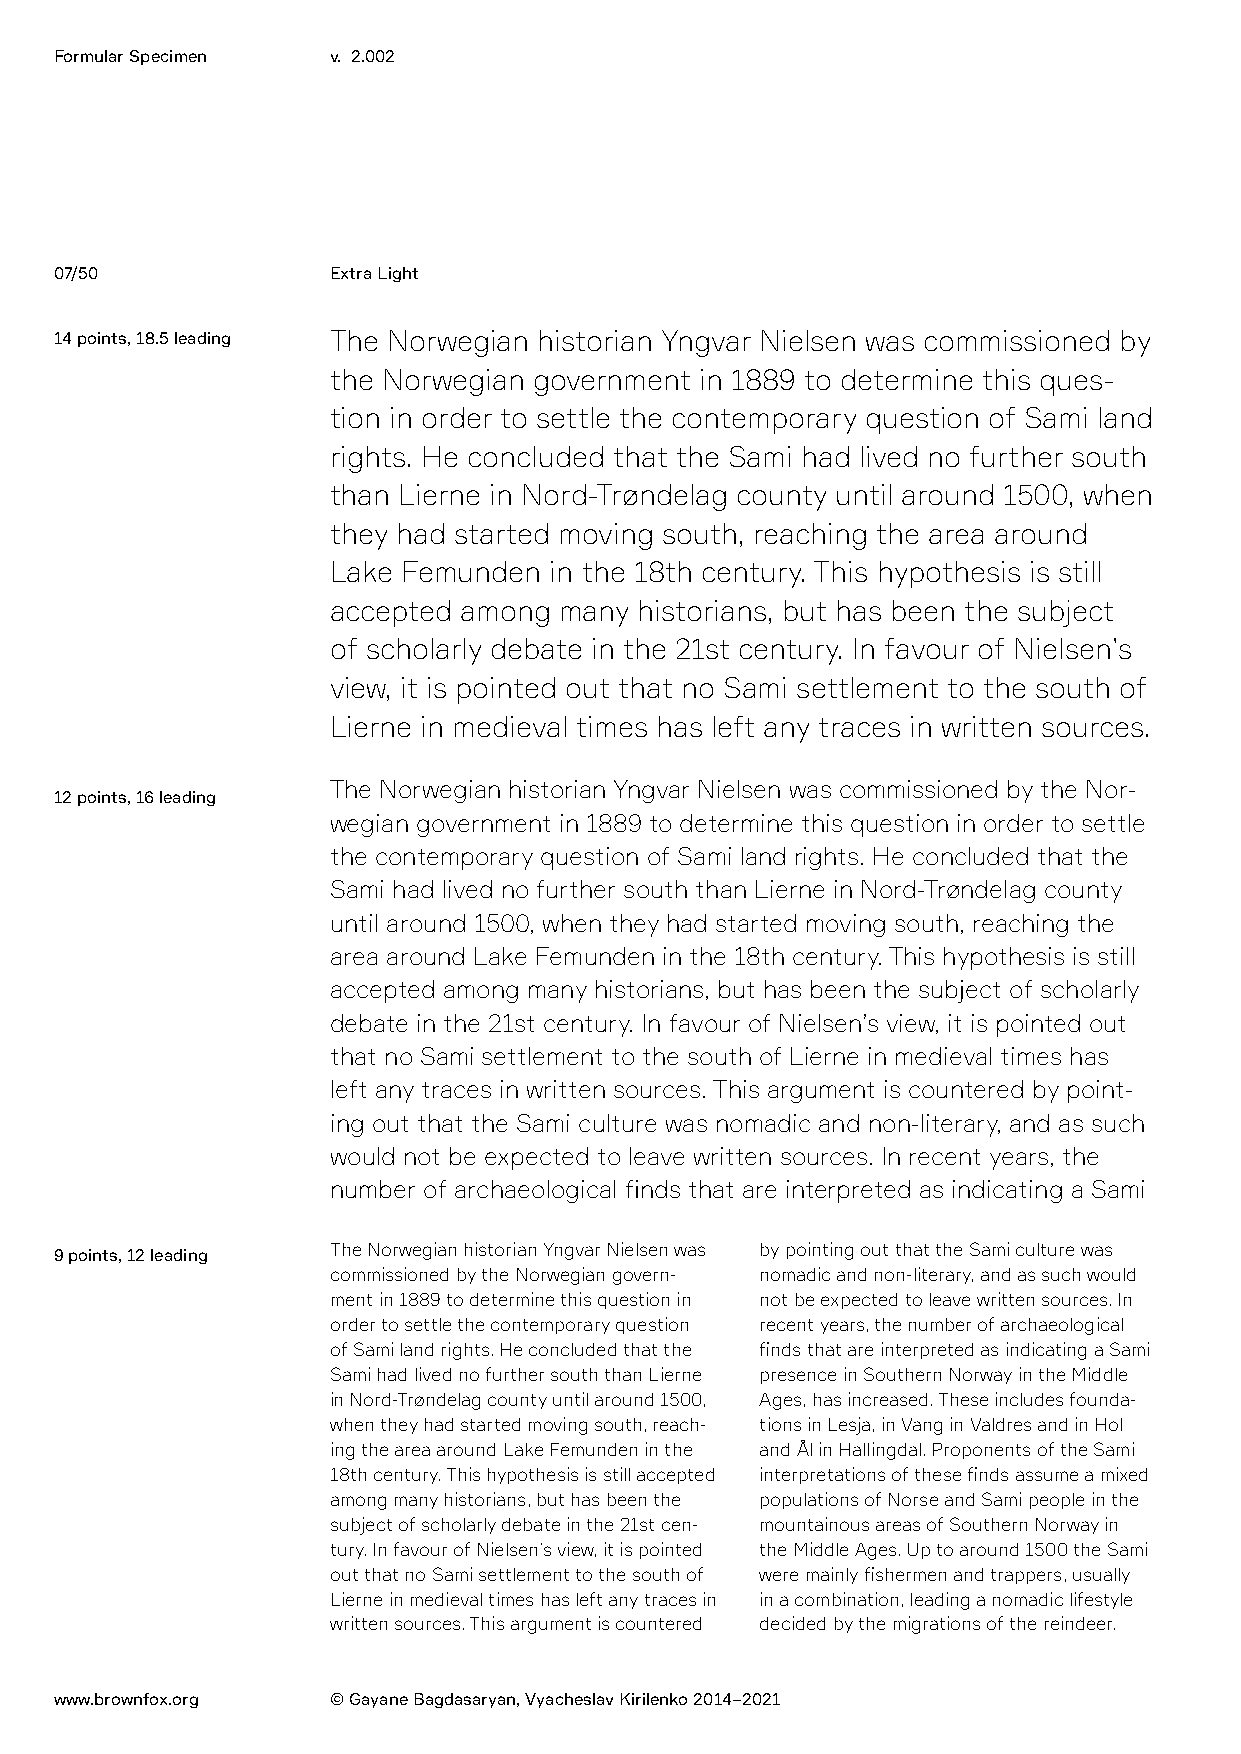
Formular Specimen v. 2.002
 07/50             Extra Light
 14 points, 18.5 leading The Norwegian historian Yngvar Nielsen was commissioned by
 the Norwegian government in 1889 to determine this ques-
 tion in order to settle the contemporary question of Sami land
 rights. He concluded that the Sami had lived no further south
 than Lierne in Nord-Trøndelag county until around 1500, when
 they had started moving south, reaching the area around
 Lake Femunden in the 18th century. This hypothesis is still
 accepted among many historians, but has been the subject
 of scholarly debate in the 21st century. In favour of Nielsen’s
 view, it is pointed out that no Sami settlement to the south of
 Lierne in medieval times has left any traces in written sources.
 The Norwegian historian Yngvar Nielsen was commissioned by the Nor-
 12 points, 16 leading
 wegian government in 1889 to determine this question in order to settle
 the contemporary question of Sami land rights. He concluded that the
 Sami had lived no further south than Lierne in Nord-Trøndelag county
 until around 1500, when they had started moving south, reaching the
 area around Lake Femunden in the 18th century. This hypothesis is still
 accepted among many historians, but has been the subject of scholarly
 debate in the 21st century. In favour of Nielsen’s view, it is pointed out
 that no Sami settlement to the south of Lierne in medieval times has
 left any traces in written sources. This argument is countered by point-
 ing out that the Sami culture was nomadic and non-literary, and as such
 would not be expected to leave written sources. In recent years, the
 number of archaeological finds that are interpreted as indicating a Sami
 The Norwegian historian Yngvar Nielsen was by pointing out that the Sami culture was
 9 points, 12 leading
 commissioned by the Norwegian govern- nomadic and non-literary, and as such would
 ment in 1889 to determine this question in not be expected to leave written sources. In
 order to settle the contemporary question recent years, the number of archaeological
 of Sami land rights. He concluded that the finds that are interpreted as indicating a Sami
 Sami had lived no further south than Lierne presence in Southern Norway in the Middle
 in Nord-Trøndelag county until around 1500, Ages, has increased. These includes founda-
 when they had started moving south, reach- tions in Lesja, in Vang in Valdres and in Hol
 ing the area around Lake Femunden in the and Ål in Hallingdal. Proponents of the Sami
 18th century. This hypothesis is still accepted interpretations of these finds assume a mixed
 among many historians, but has been the populations of Norse and Sami people in the
 subject of scholarly debate in the 21st cen- mountainous areas of Southern Norway in
 tury. In favour of Nielsen’s view, it is pointed the Middle Ages. Up to around 1500 the Sami
 out that no Sami settlement to the south of were mainly fishermen and trappers, usually
 Lierne in medieval times has left any traces in in a combination, leading a nomadic lifestyle
 written sources. This argument is countered decided by the migrations of the reindeer.
 www.brownfox.org  © Gayane Bagdasaryan, Vyacheslav Kirilenko 2014–2021